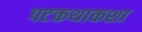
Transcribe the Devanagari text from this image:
पटकथाकशा